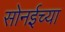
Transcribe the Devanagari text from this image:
सोनईच्या